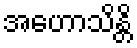
အဟောသိန္တိ